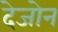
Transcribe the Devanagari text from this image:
देजोन